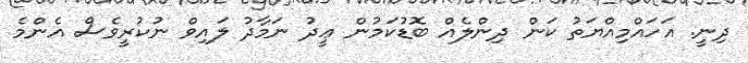
ދިނީ. އަހައްމިއްޔަތު ކަން ދިންލެއް ބޮޑުކަމުން ޢީދު ނަމާދު ލައިވް ނުކުރީވެސް އެންމެ